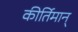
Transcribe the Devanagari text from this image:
कीर्तिमान्